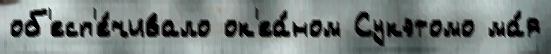
об'есп'е́чивало ок'еа́ном Сукэтомо ма́я